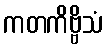
ကတကိဗ္ဗိသံ